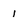
Character: 1